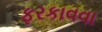
ફરકાવવા